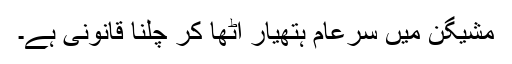
مشیگن میں سرعام ہتھیار اٹھا کر چلنا قانونی ہے۔